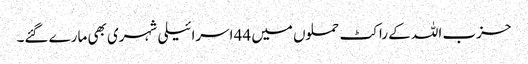
حزب اللہ کے راکٹ حملوں میں 44 اسرائیلی شہری بھی مارے گئے۔